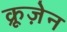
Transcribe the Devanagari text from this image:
क्रूज़ेन